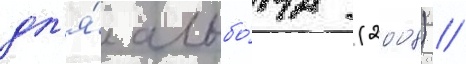
дл'я́ альбо́ма (2008) /